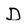
Character: D